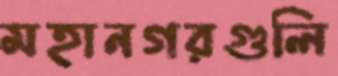
মহানগরগুলি